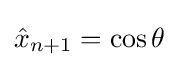
{\hat {x}}_{n+1}=\cos \theta